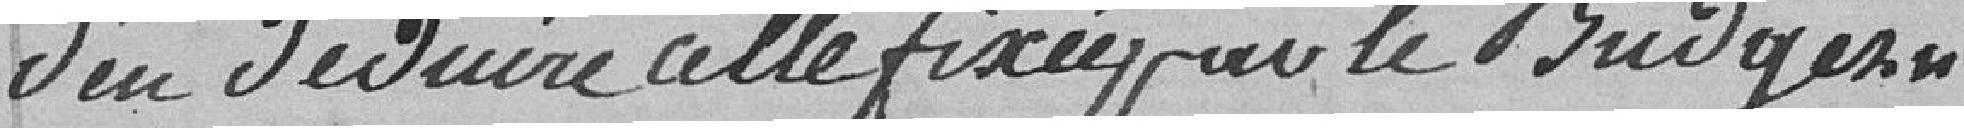
d'en déduire celle fixée par le budget.